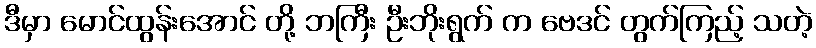
ဒီမှာ မောင်ထွန်းအောင် တို့ ဘကြီး ဦးဘိုးရွက် က ဗေဒင် တွက်ကြည့် သတဲ့